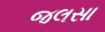
જલસા